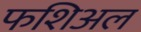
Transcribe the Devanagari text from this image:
फशिअल